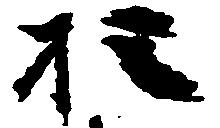
お